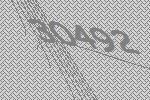
30492